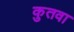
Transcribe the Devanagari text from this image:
कुतवा